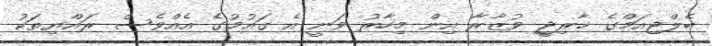
ބެލްޖިއަމްގެ ޚާރިޖީ ވުޒާރާ އިން މިހާރު ވަނީ އެ ގައުމުގެ އެއްވެސް ރައްޔިތަކު